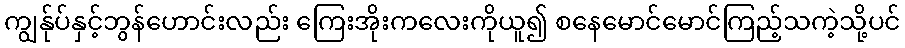
ကျွန်ုပ်နှင့်ဘွန်ဟောင်းလည်း ကြေးအိုးကလေးကိုယူ၍ စနေမောင်မောင်ကြည့်သကဲ့သို့ပင်